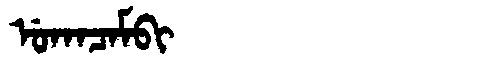
Manchu: ᡠᡴᠠᠴᠠᠮᠪᡳ
Romanization: UKACAMBI